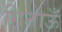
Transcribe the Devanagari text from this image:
गिनाऊँ